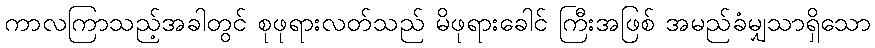
ကာလကြာသည့်အခါတွင် စုဖုရားလတ်သည် မိဖုရားခေါင် ကြီးအဖြစ် အမည်ခံမျှသာရှိသော